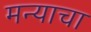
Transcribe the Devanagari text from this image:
मन्याचा